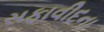
સફાવીદના